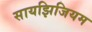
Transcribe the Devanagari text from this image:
सायझिजियम